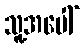
သူ့အပေါ်